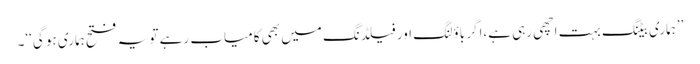
’’ہماری بیٹنگ بہت اچھی رہی ہے،اگر باؤلنگ اور فیلڈنگ میں بھی کامیاب رہے تو یہ فتح ہماری ہو گی‘‘۔